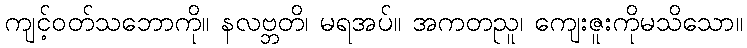
ကျင့်ဝတ်သဘောကို။ နလဗ္ဘတိ၊ မရအပ်။ အကတညူ၊ ကျေးဇူးကိုမသိသော။